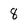
Character: 8